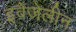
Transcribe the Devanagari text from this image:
इवैजेलीन